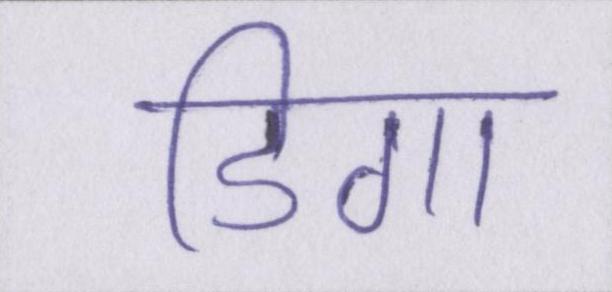
डिगा